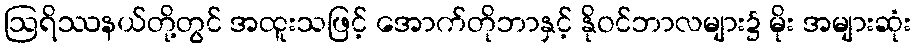
ဩရိဿနယ်တို့တွင် အထူးသဖြင့် အောက်တိုဘာနှင့် နိုဝင်ဘာလများ၌ မိုး အများဆုံး